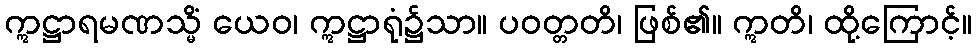
ဣဋ္ဌာရမဏသ္မိံ ယေဝ၊ ဣဋ္ဌာရုံ၌သာ။ ပဝတ္တတိ၊ ဖြစ်၏။ ဣတိ၊ ထို့ကြောင့်။